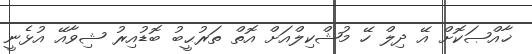
ޚާއްޞަކޮށް އޭ ދިލް ހޭ މުޝްކިލްއަށް އޮތް ތަރުޙީބު ބޮޑުއިރު ޝިވާއޭ އުޅެނީ